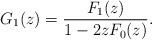
LaTeX: \begin{align*} G_1(z)=\frac{F_1(z)}{1-2zF_0(z)}.\end{align*}